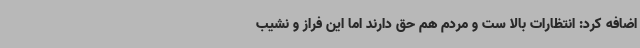
اضافه کرد: انتظارات بالا ست و مردم هم حق دارند اما این فراز و نشیب